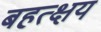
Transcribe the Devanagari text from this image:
बहत्क्षय